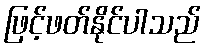
ဖြင့်ဖတ်နိုင်ပါသည်